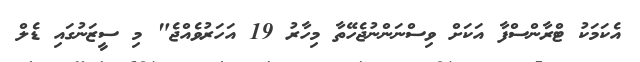
އެކަމަކު ޓްރާންސްފާ އަކަށް ވިސްނަންނުޖެހޭތާ މިހާރު 19 އަހަރުވެއްޖެ" މި ސީޒަނުގައި ޑެލް